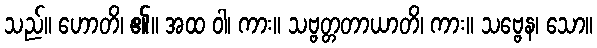
သည်။ ဟောတိ၊ ၏။ အထ ဝါ၊ ကား။ သဗ္ဗတ္တတာယာတိ၊ ကား။ သဗ္ဗေန၊ သော။